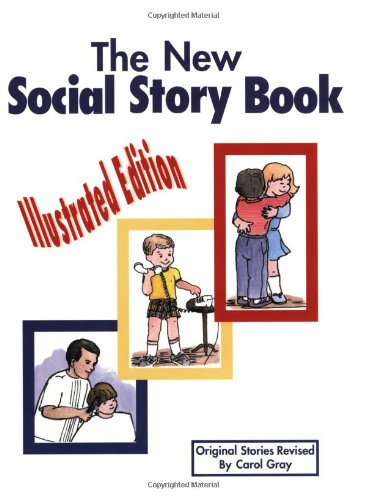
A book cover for The New Social Story Book : Illustrated Edition; Carol Gray; Health, Fitness & Dieting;